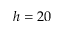
h = 2 0